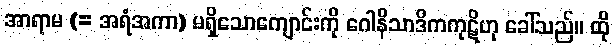
အာရာမ (= အရံအကာ) မရှိသောကျောင်းကို ဂေါနိသာဒိကကုဋိဟု ခေါ်သည်။ ထို